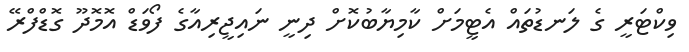
ވިކްޓަރީ ގެ ލަނޑުތައް އެޓީމަށް ކާމިޔާބުކޮށް ދިނީ ނައިޖީރިއާގެ ފޯވަޑް އޮމޮދޫ ގޮޑްފްރޭ